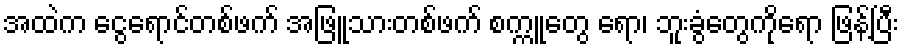
အထဲက ငွေရောင်တစ်ဖက် အဖြူသားတစ်ဖက် စက္ကူတွေ ရော၊ ဘူးခွံတွေကိုရော ဖြန့်ပြီး